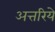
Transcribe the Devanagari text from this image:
अत्तरिये